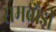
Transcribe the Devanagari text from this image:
समबौडी